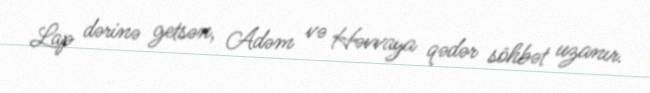
Lap dərinə getsən, Adəm və Həvvaya qədər söhbət uzanır.